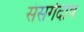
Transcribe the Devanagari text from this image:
संसर्गदोष